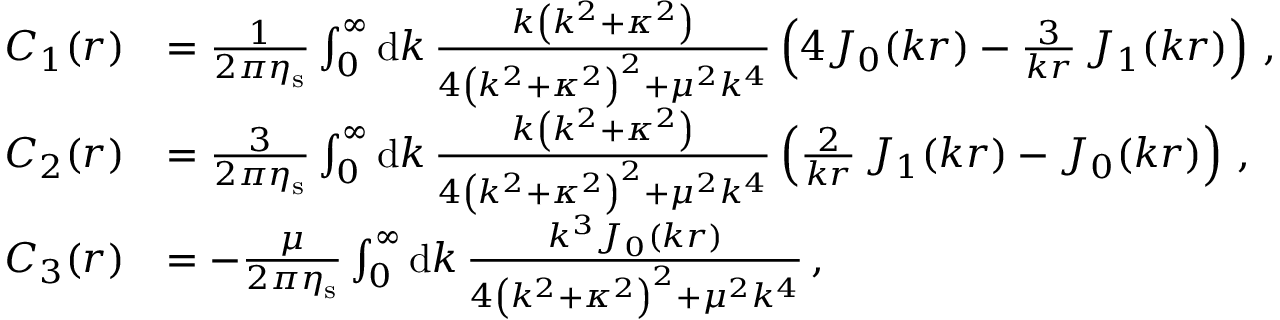
\begin{array} { r l } { C _ { 1 } ( r ) } & { = \frac { 1 } { 2 \pi \eta _ { \mathrm { s } } } \int _ { 0 } ^ { \infty } \mathrm { d } k \, \frac { k \left( k ^ { 2 } + \kappa ^ { 2 } \right) } { 4 \left( k ^ { 2 } + \kappa ^ { 2 } \right) ^ { 2 } + \mu ^ { 2 } k ^ { 4 } } \left( 4 J _ { 0 } ( k r ) - \frac { 3 } { k r } \, J _ { 1 } ( k r ) \right) \, , } \\ { C _ { 2 } ( r ) } & { = \frac { 3 } { 2 \pi \eta _ { \mathrm { s } } } \int _ { 0 } ^ { \infty } \mathrm { d } k \, \frac { k \left( k ^ { 2 } + \kappa ^ { 2 } \right) } { 4 \left( k ^ { 2 } + \kappa ^ { 2 } \right) ^ { 2 } + \mu ^ { 2 } k ^ { 4 } } \left( \frac { 2 } { k r } \, J _ { 1 } ( k r ) - J _ { 0 } ( k r ) \right) \, , } \\ { C _ { 3 } ( r ) } & { = - \frac { \mu } { 2 \pi \eta _ { \mathrm { s } } } \int _ { 0 } ^ { \infty } \mathrm { d } k \, \frac { k ^ { 3 } J _ { 0 } ( k r ) } { 4 \left( k ^ { 2 } + \kappa ^ { 2 } \right) ^ { 2 } + \mu ^ { 2 } k ^ { 4 } } \, , } \end{array}